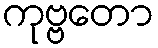
ကုဗ္ဗတော